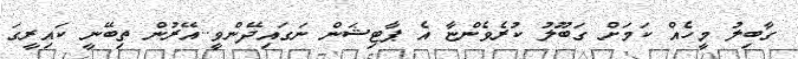
ގާބިލު މީހެއް ކަމަށް ގަބޫލު ކުރެވެންޏާ އެ ޕާޓިޝަން ނަގައިދޭންވީ..އޭރުން ތިބޭނީ ކައިރީގަ